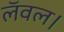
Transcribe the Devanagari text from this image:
लॅवल।